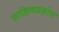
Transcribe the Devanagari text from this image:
साहित्यप्रक्षोभ